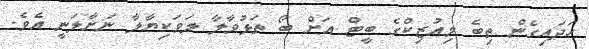
ހަދައިގެން ތިބެ މިއުޒިކްގެ ބީޓް އަށް ބޯ ތަޅުވާލާ ލަވަކިޔާލާ ނަށާލަނީ އެވެ.